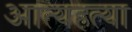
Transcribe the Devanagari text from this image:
आत्यहत्या